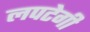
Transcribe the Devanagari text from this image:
लपटेगी